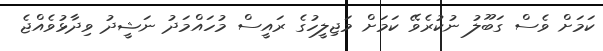
ކަމަށް ވެސް ގަބޫލު ނުކުރެވޭ ކަމަށް މަޖިލީހުގެ ރައީސް މުހައްމަދު ނަޝީދު ވިދާޅުވެއްޖެ